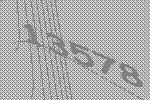
13578